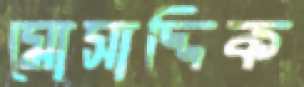
মোসাদ্দিক